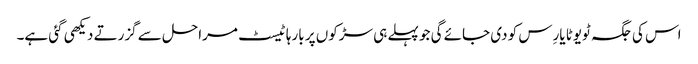
اس کی جگہ ٹویوٹا یارِس کو دی جائے گی جو پہلے ہی سڑکوں پر بارہا ٹیسٹ مراحل سے گزرتے دیکھی گئی ہے۔